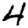
Digit: 4